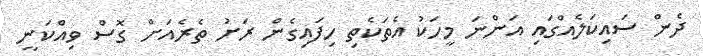
ދެން ސައިކަލެއްގައި އަންނަ މީހަކު އެތަކެތި ހިފައިގެން ރަށު ތެރެއަށް ގޮސް ވިއްކަނީ